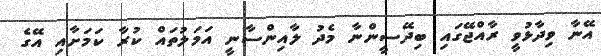
އޭނާ ވިދާޅުވީ ރާއްޖޭގައި ބިދޭސީންނާ މެދު ލާއިންސާނީ އަމަލުތައް ކުރާ ކަމަށާއި އޭގެ